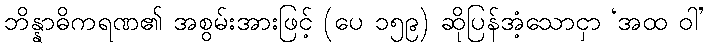
ဘိန္နာဓိကရဏ၏ အစွမ်းအားဖြင့် (ပေ ၁၅၉) ဆိုပြန်အံ့သောငှာ ‘အထ ဝါ’